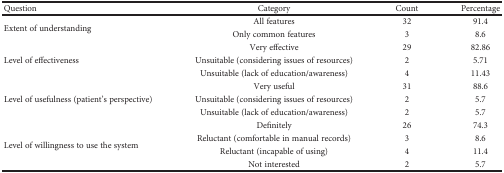
| Question | Category | Count | Percentage |
 | --- | --- | --- | --- |
 | <ROWSPAN=2> Extent of understanding | All features | 32 | 91.4 |
 | Only common features | 3 | 8.6 |
 | <ROWSPAN=3> Level of effectiveness | Very effective | 29 | 82.86 |
 | Unsuitable (considering issues of resources) | 2 | 5.71 |
 | Unsuitable (lack of education/awareness) | 4 | 11.43 |
 | <ROWSPAN=3> Level of usefulness (patient's perspective) | Very useful | 31 | 88.6 |
 | Unsuitable (considering issues of resources) | 2 | 5.7 |
 | Unsuitable (lack of education/awareness) | 2 | 5.7 |
 | <ROWSPAN=4> Level of willingness to use the system | Definitely | 26 | 74.3 |
 | Reluctant (comfortable in manual records) | 3 | 8.6 |
 | Reluctant (incapable of using) | 4 | 11.4 |
 | Not interested | 2 | 5.7 |